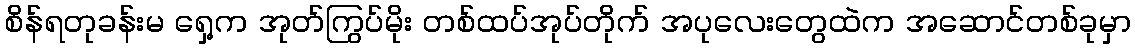
စိန်ရတုခန်းမ ရှေ့က အုတ်ကြွပ်မိုး တစ်ထပ်အုပ်တိုက် အပုလေးတွေထဲက အဆောင်တစ်ခုမှာ